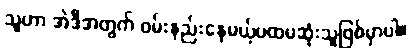
သူဟာ အဲဒီအတွက် ဝမ်းနည်းနေမယ့်ပထမဆုံးသူဖြစ်မှာပါ။